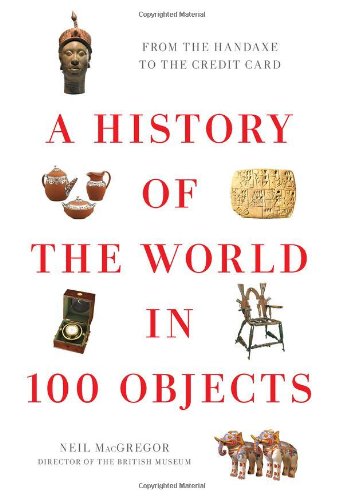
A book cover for A History of the World in 100 Objects; Neil MacGregor; Science & Math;